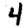
Digit: 4